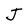
Character: J